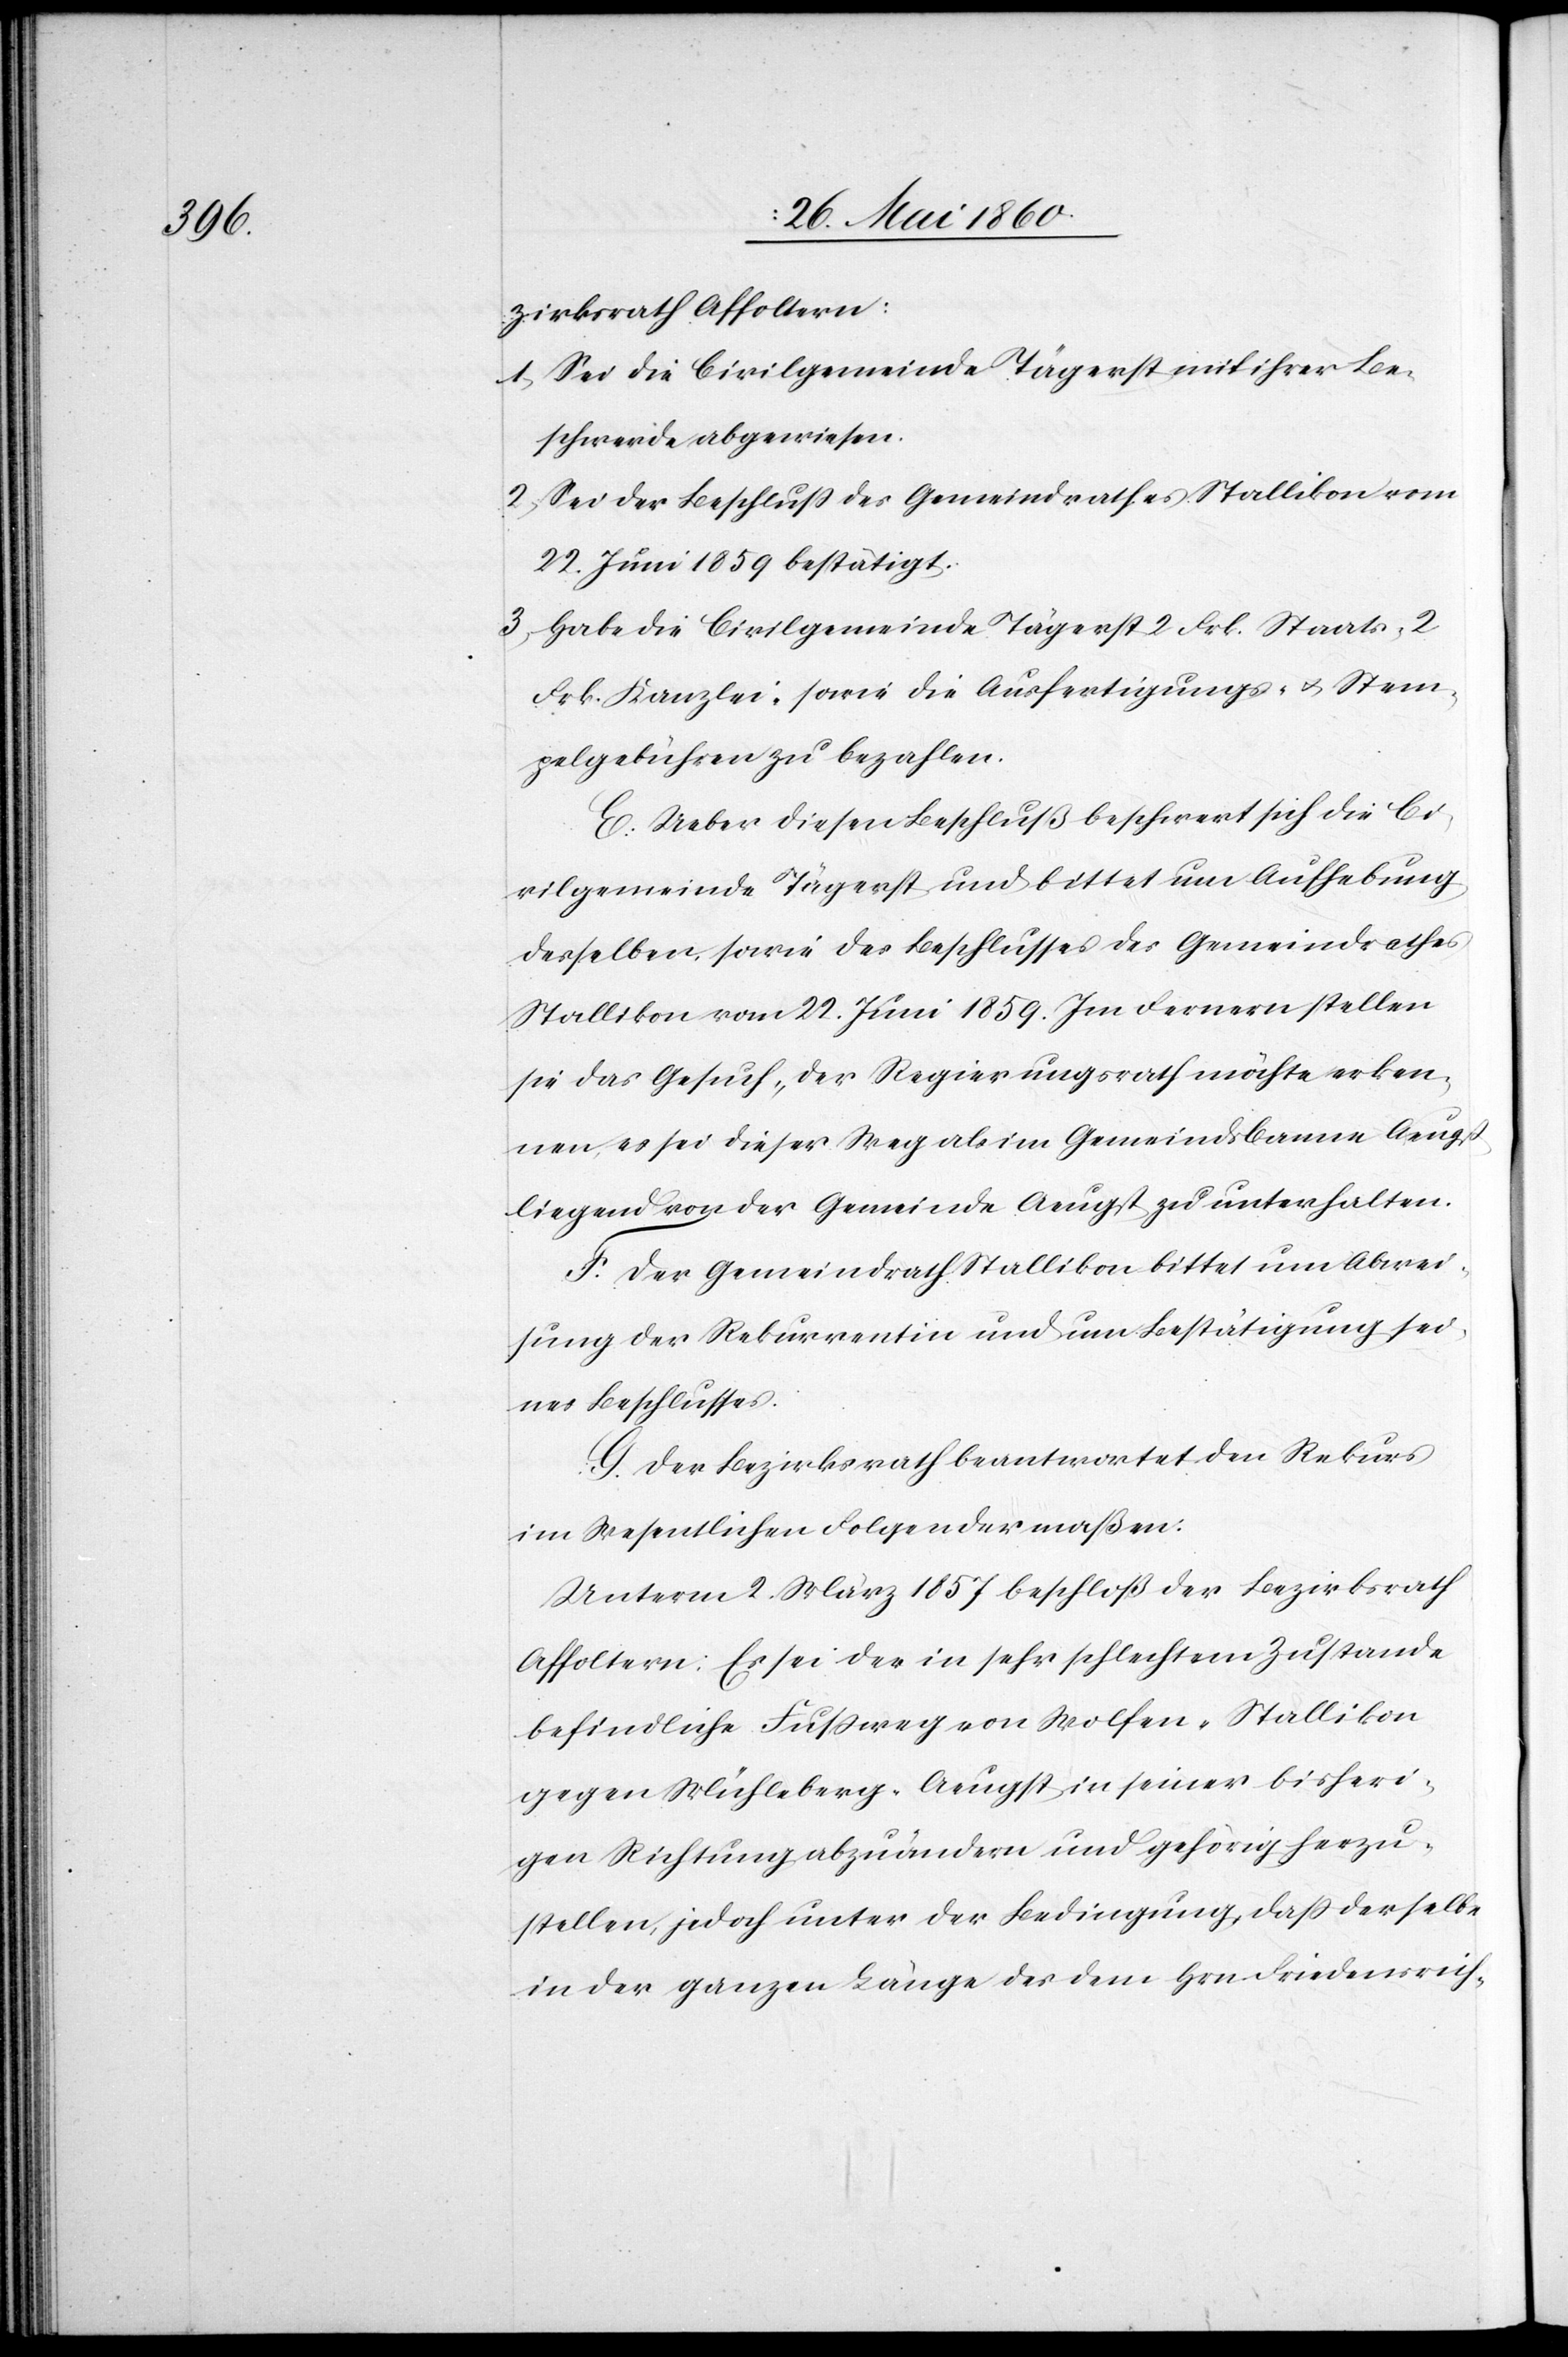
zirksrath Affoltern:
1. Sei die Civilgemeinde Tägerst mit ihrer Be¬
schwerde abgewiesen.
2. Sei der Beschluss des Gemeindrathes Stallikon vom
22. Juni 1859 bestätigt.
3. Habe die Civilgemeinde Tägerst 2. Frk. Staats- 2.
Frk. Kanzlei, sowie die Ausfertigungs- u. Stem¬
pelgebühren zu bezahlen.
E. Ueber diesen Beschluß beschwert sich die Ci¬
vilgemeinde Tägerst und bittet um Aufhebung
desselben sowie des Beschlusses des Gemeindrathes
Stallikon vom 22. Juni 1859. Im Fernern stellen
sie das Gesuch, der Regierungsrath möchte erken¬
nen, es sei dieser Weg als im Gemeindsbanne Aeugst
liegend von der Gemeinde Aeugst zu unterhalten.
F. Der Gemeindrath Stallikon bittet um Abwei¬
sung der Rekurrentin und um Bestätigung sei¬
nes Beschlusses.
G. Der Bezirksrath beantwortet den Rekurs
im Wesentlichen Folgendermaßen:
Unterm 2. März 1857 beschloß der Bezirksrath
Affoltern: Es sei der in sehr schlechtem Zustande
befindliche Fussweg von Wolfen-Stallikon
gegen Mühleberg-Aeugst in seiner bisheri¬
gen Richtung abzuändern und gehörig herzu¬
stellen, jedoch unter der Bedingung, daß derselbe
in der ganzen Länge des dem Hrn. Friedensrich-